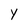
Character: Y